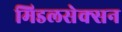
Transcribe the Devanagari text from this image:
मिडलसेक्सन